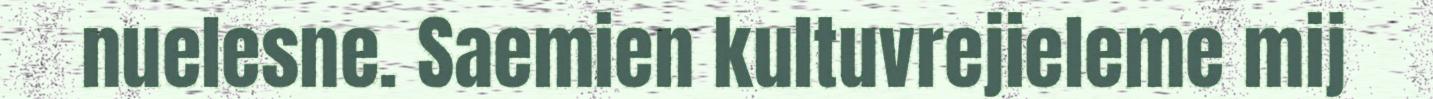
nuelesne. Saemien kultuvrejieleme mij